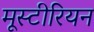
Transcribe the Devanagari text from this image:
मूस्टीरियन